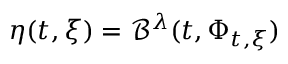
\eta ( t , \xi ) = \mathcal { B } ^ { \lambda } ( t , \Phi _ { t , \xi } )